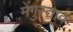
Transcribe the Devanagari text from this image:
मेंगुस्ताव